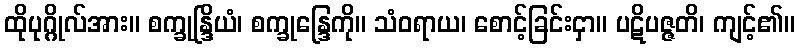
ထိုပုဂ္ဂိုလ်အား။ စက္ခုန္ဒြိယံ၊ စက္ခုန္ဒြေကို။ သံဝရာယ၊ စောင့်ခြင်းငှာ။ ပဋိပဇ္ဇတိ၊ ကျင့်၏။